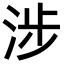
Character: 涉